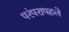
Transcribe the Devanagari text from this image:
परंपरापहले